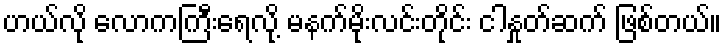
ဟယ်လို လောကကြီးရေလို့ မနက်မိုးလင်းတိုင်း ငါနှုတ်ဆက် ဖြစ်တယ်။